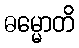
ဓမ္မောတိ